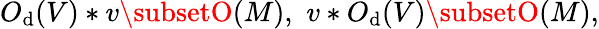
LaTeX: O_{\mathrm{d}}(V)*v\subsetO(M),\, \, v*O_{\mathrm{d}}(V)\subsetO(M),